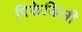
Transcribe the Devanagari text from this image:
पिकेडिली